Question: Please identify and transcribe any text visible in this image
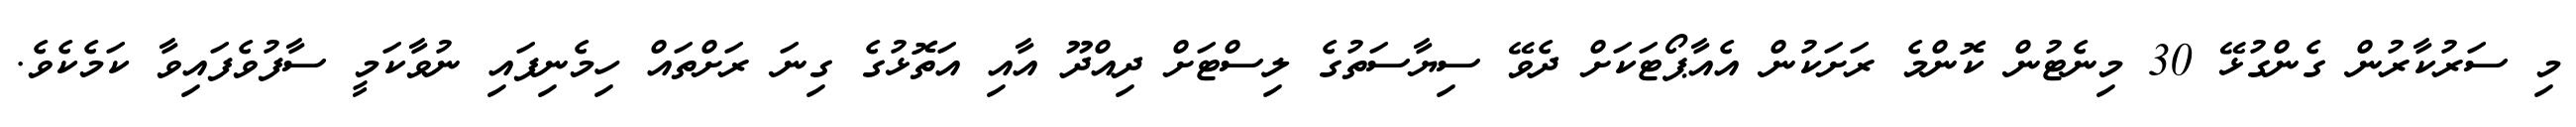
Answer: މި ސަރުކާރުން ގެންގުޅޭ 30 މިނެޓުން ކޮންމެ ރަށަކުން އެއާޕޯޓަކަށް ދެވޭ ސިޔާސަތުގެ ލިސްޓަށް ދިއްދޫ އާއި އަތޮޅުގެ ގިނަ ރަށްތައް ހިމެނިފައި ނުވާކަމީ ސާފުވެފައިވާ ކަމެކެވެ.